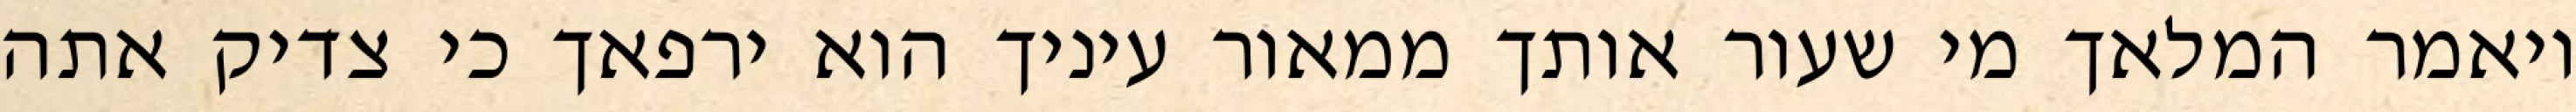
ויאמר המלאך מי שעור אותך ממאור עיניך הוא ירפאך כי צדיק אתה